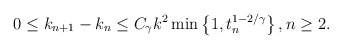
\begin{align*} 0\leq k_{n+1} - k_n\leq C_{\gamma}k^2 \min\left\{1,t_n^{1-2/\gamma}\right\}, n\geq 2. \end{align*}